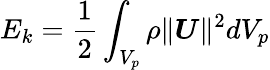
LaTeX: E_{k}=\frac{1}{2}\displaystyle\int_{V_{p}}\rho\| \boldsymbol{U}\| ^{2}dV_{p}